Veterinary regulations India, 1939 -
Year: 1939
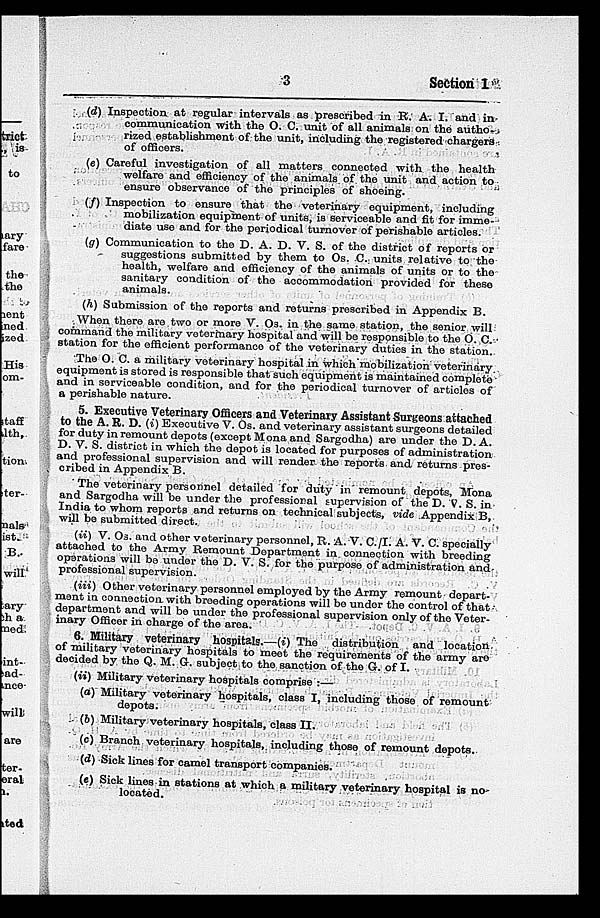
3
Section 1
(d) Inspection at regular intervals as prescribed in R. A. I. and in
communication with the O. C. unit of all animals on the autho-
rized establishment of the unit, including the registered chargers
of officers.
(e) Careful investigation of all matters connected with the health
welfare and efficiency of the animals of the unit and action to
ensure observance of the principles of shoeing.
(f) Inspection to ensure that the veterinary equipment, including
mobilization equipment of units, is serviceable and fit for imme-
diate use and for the periodical turnover of perishable articles.
(g) Communication to the D. A. D. V. S. of the district of reports or
suggestions submitted by them to Os. C. units relative to the
health, welfare and efficiency of the animals of units or to the
sanitary condition of the accommodation provided for these
animals.
(h) Submission of the reports and returns prescribed in Appendix B.
When there are two or more V. Os. in the same station, the senior will
command the military veterinary hospital and will be responsible to the O. C.
station for the efficient performance of the veterinary duties in the station.
The O. C. a military veterinary hospital in which mobilization veterinary
equipment is stored is responsible that such equipment is maintained complete
and in serviceable condition, and for the periodical turnover of articles of
a perishable nature.
5. Executive Veterinary Officers and Veterinary Assistant Surgeons attached
to the A. R. D. (i) Executive V. Os. and veterinary assistant surgeons detailed
for duty in remount depots (except Mona and Sargodha) are under the D. A.
D. V. S. district in which the depot is located for purposes of administration
and professional supervision and will render the reports and returns pres-
cribed in Appendix B.
The veterinary personnel detailed for duty in remount depots, Mona
and Sargodha will be under the professional supervision of the D. V. S. in
India to whom reports and returns on technical subjects, vide Appendix B,
will be submitted direct.
(ii) V. Os. and other veterinary personnel, R. A. V. C./I. A. V. C. specially
attached to the Army Remount Department in connection with breeding
operations will be under the D. V. S. for the purpose of administration and
professional supervision.
(iii) Other veterinary personnel employed by the Army remount depart-
ment in connection with breeding operations will be under the control of that
department and will be under the professional supervision only of the Veter-
inary Officer in charge of the area.
6. Military veterinary hospitals.—(i) The distribution and location
of military veterinary hospitals to meet the requirements of the army are
decided by the Q. M. G. subject to the sanction of the G. of I.
(ii) Military veterinary hospitals comprise :—
(a) Military veterinary hospitals, class I, including those of remount
depots.
(b) Military veterinary hospitals, class II.
(c) Branch veterinary hospitals, including those of remount depots.
(d) Sick lines for camel transport companies.
(e) Sick lines in stations at which a military veterinary hospital is no-
located.